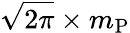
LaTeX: {\sqrt{2\pi}}\times m_{\mathrm{P}}